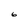
Character: 6